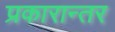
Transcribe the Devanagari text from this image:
प्रकारान्‍तर